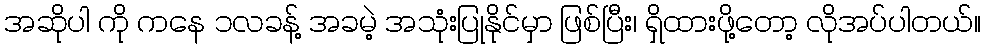
အဆိုပါ ကို ကနေ ၁လခန့် အခမဲ့ အသုံးပြုနိုင်မှာ ဖြစ်ပြီး၊ ရှိထားဖို့တော့ လိုအပ်ပါတယ်။